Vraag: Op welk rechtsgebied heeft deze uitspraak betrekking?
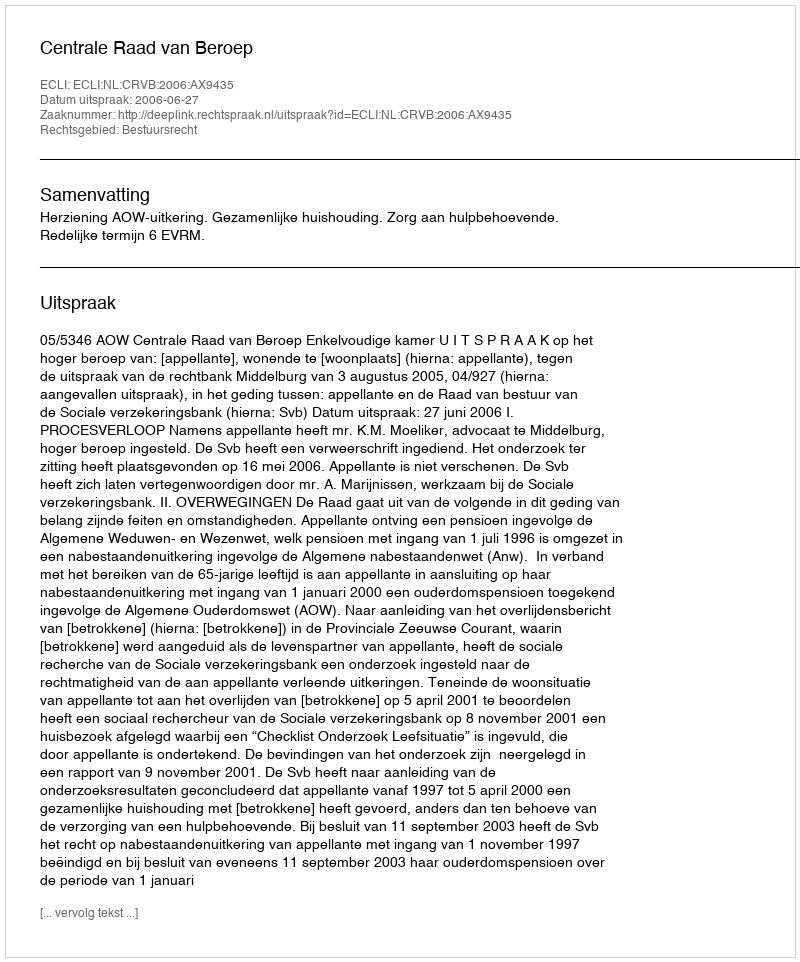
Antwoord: Bestuursrecht